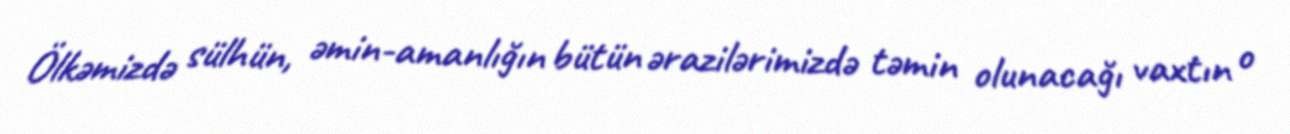
Ölkəmizdə sülhün, əmin-amanlığın bütün ərazilərimizdə təmin olunacağı vaxtın o